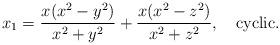
LaTeX: \begin{align*}x_1 = \frac{x(x^2-y^2)}{x^2+y^2} + \frac{x(x^2-z^2)}{x^2+z^2}, \ \ \ {\rm cyclic}.\end{align*}